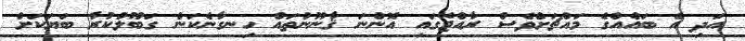
އަދި އެ ބައެއްގެ މައްޗަށްވެސް ރާއްޖޭގައި އޮންނަ ޤާނޫނުތައް ހިނގާނެކަން ގަބޫލުކުރާ ބަޔަކަށް